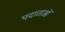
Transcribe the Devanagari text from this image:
पदाताओं